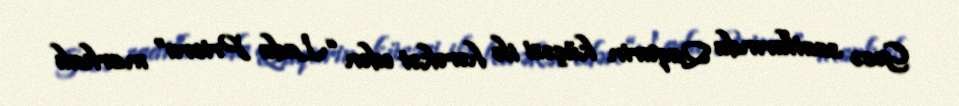
Gecə saatlarında Qaqarin küçəsi ilə hərəkət edən “Lada Priora” markalı